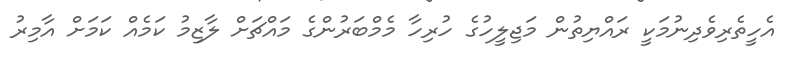
އެހީތެރިވެދިނުމަކީ ރައްޔިތުން މަޖިލީހުގެ ހުރިހާ މެމްބަރުންގެ މައްޗަށް ލާޒިމު ކަމެއް ކަމަށް އާމިރު